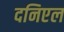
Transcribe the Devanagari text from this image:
दनिएल